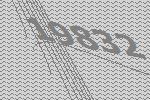
19832